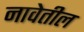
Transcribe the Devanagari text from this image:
नावेतील